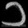
Digit: ၁